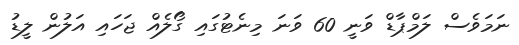
ނަމަވެސް ލަމްޕާޑް ވަނީ 60 ވަނަ މިނެޓުގައި ގޯލެއް ޖަހައި އަލުން ލީޑު